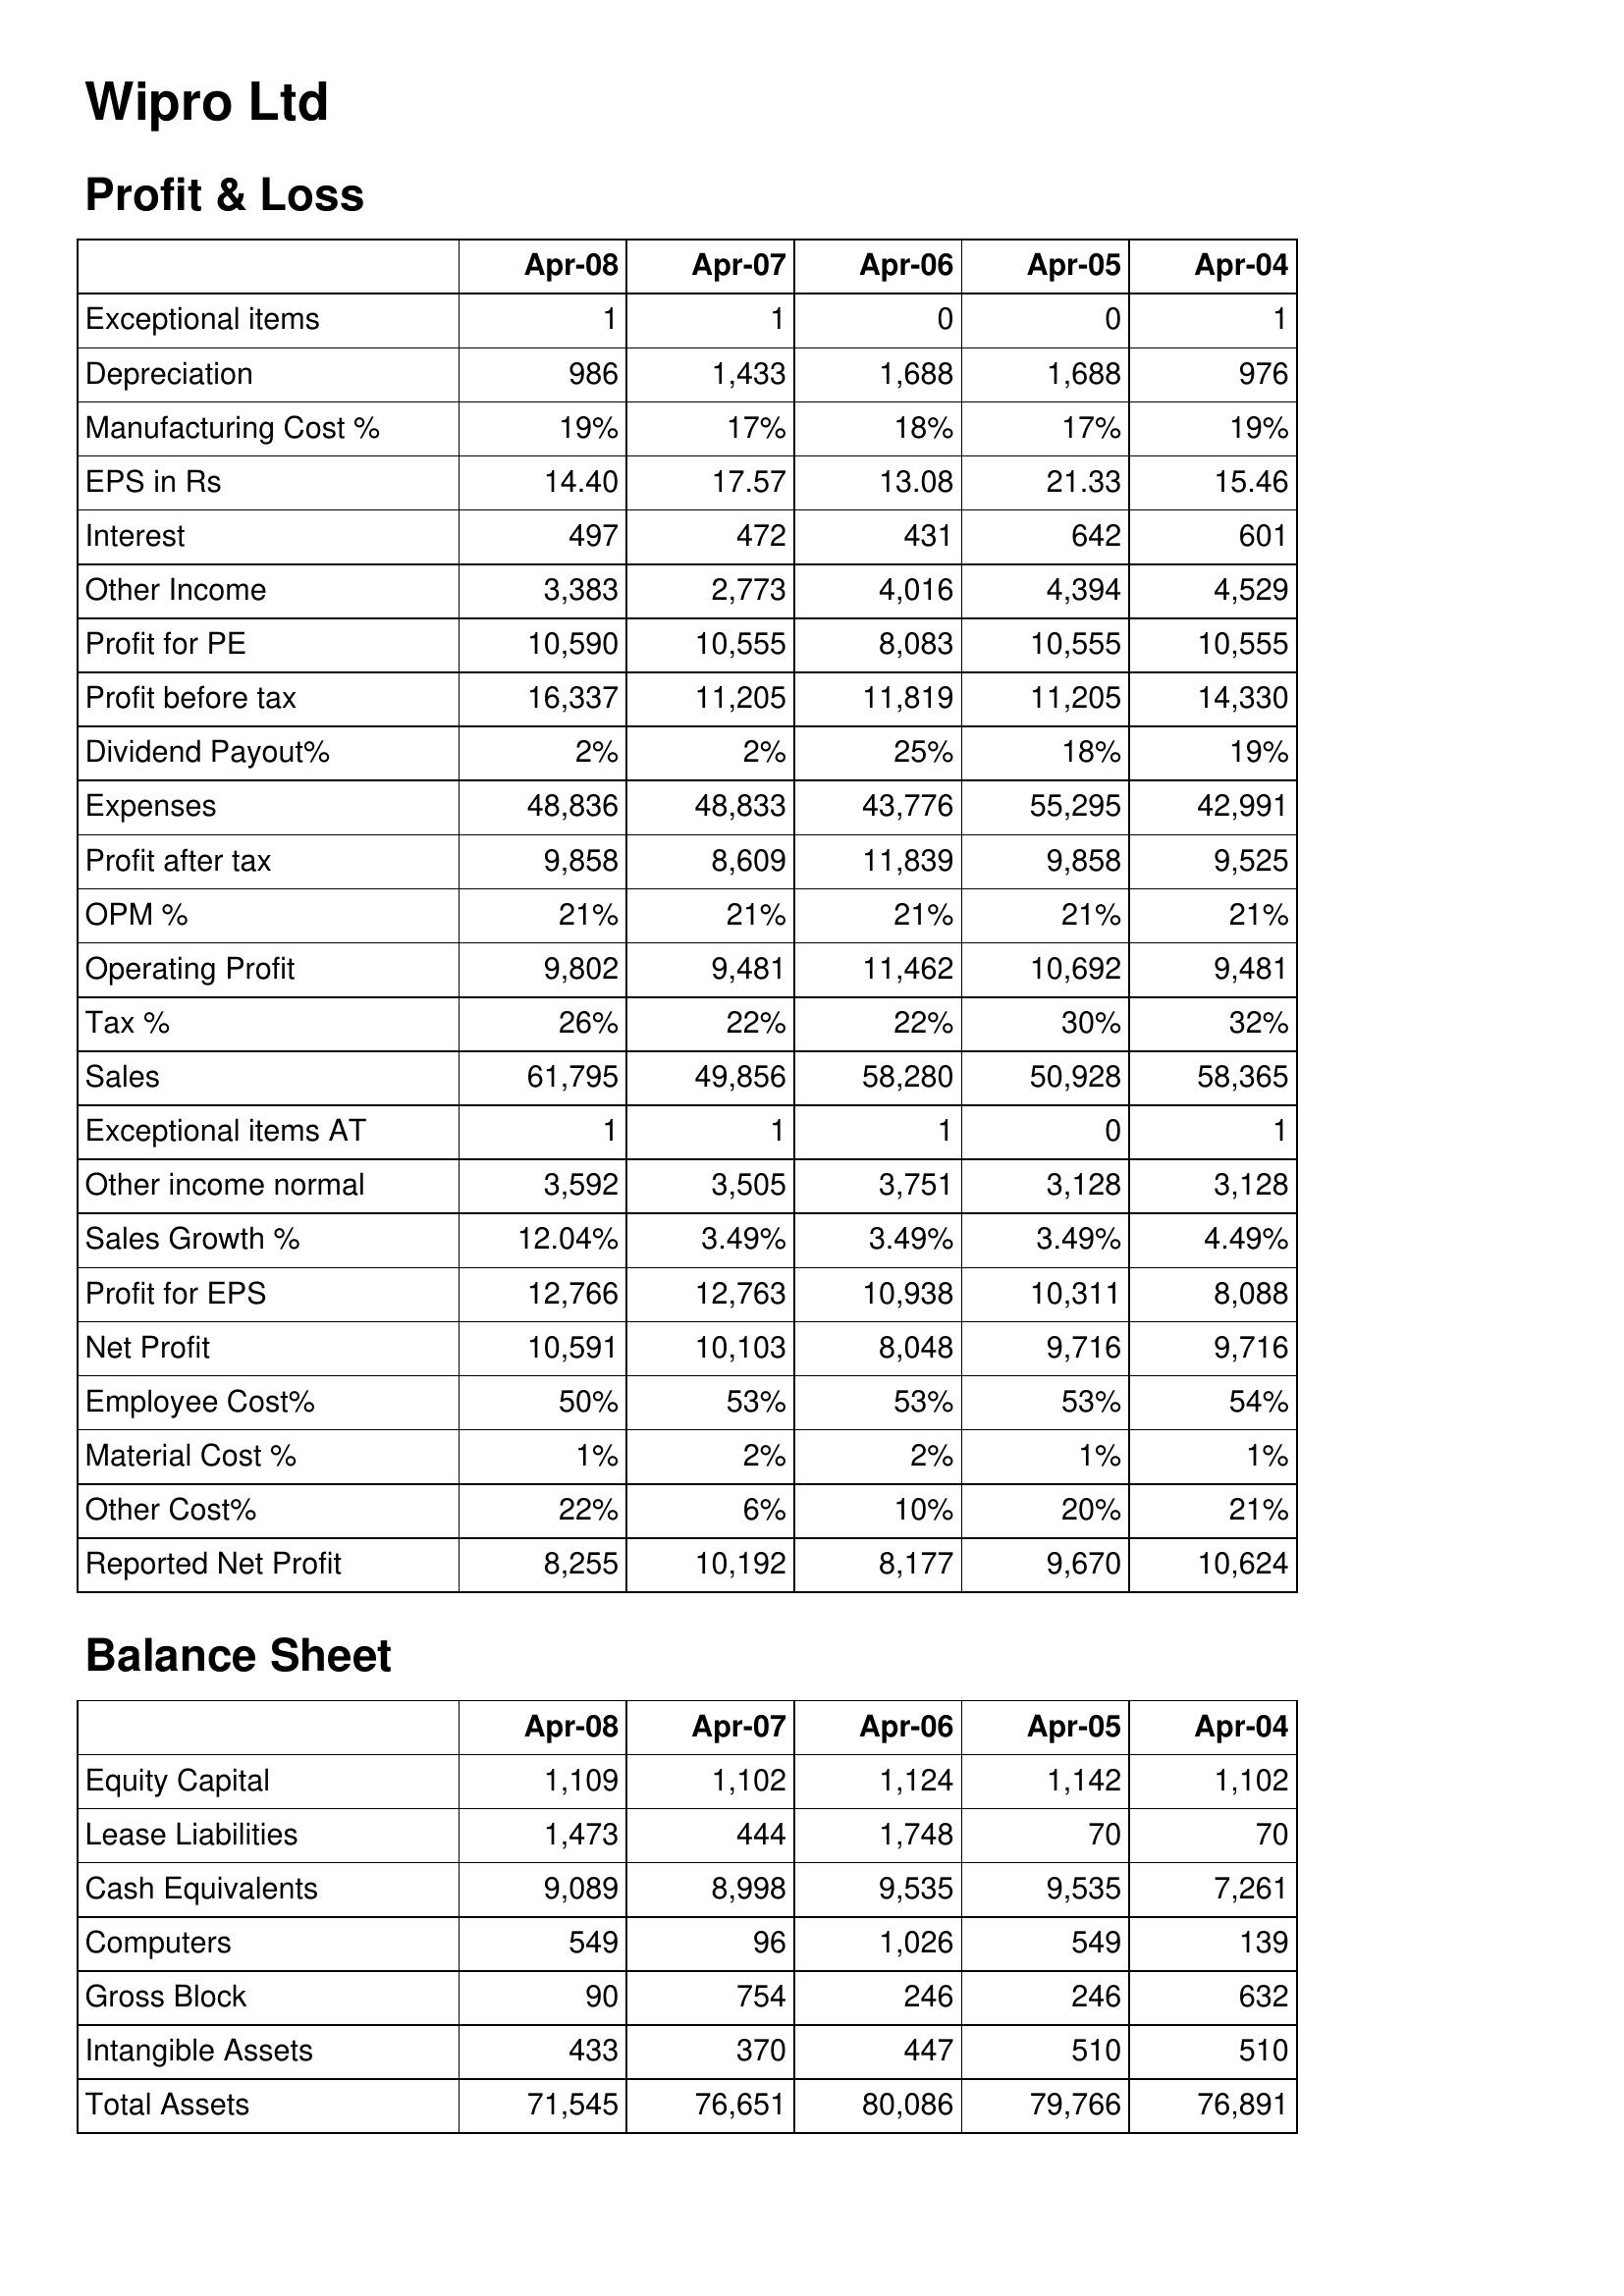
Apr-08: Profit & Loss: Exceptional items: 1
Depreciation: 986
Manufacturing Cost %: 19%
EPS in Rs: 14.40
Interest: 497
Other Income: 3,383
Profit for PE: 10,590
Profit before tax: 16,337
Dividend Payout%: 2%
Expenses: 48,836
Profit after tax: 9,858
OPM %: 21%
Operating Profit: 9,802
Tax %: 26%
Sales: 61,795
Exceptional items AT: 1
Other income normal: 3,592
Sales Growth %: 12.04%
Profit for EPS: 12,766
Net Profit: 10,591
Employee Cost%: 50%
Material Cost %: 1%
Other Cost%: 22%
Reported Net Profit: 8,255
Balance Sheet: Equity Capital: 1,109
Lease Liabilities: 1,473
Cash Equivalents: 9,089
Computers: 549
Gross Block: 90
Intangible Assets: 433
Total Assets: 71,545
Apr-07: Profit & Loss: Exceptional items: 1
Depreciation: 1,433
Manufacturing Cost %: 17%
EPS in Rs: 17.57
Interest: 472
Other Income: 2,773
Profit for PE: 10,555
Profit before tax: 11,205
Dividend Payout%: 2%
Expenses: 48,833
Profit after tax: 8,609
OPM %: 21%
Operating Profit: 9,481
Tax %: 22%
Sales: 49,856
Exceptional items AT: 1
Other income normal: 3,505
Sales Growth %: 3.49%
Profit for EPS: 12,763
Net Profit: 10,103
Employee Cost%: 53%
Material Cost %: 2%
Other Cost%: 6%
Reported Net Profit: 10,192
Balance Sheet: Equity Capital: 1,102
Lease Liabilities: 444
Cash Equivalents: 8,998
Computers: 96
Gross Block: 754
Intangible Assets: 370
Total Assets: 76,651
Apr-06: Profit & Loss: Exceptional items: 0
Depreciation: 1,688
Manufacturing Cost %: 18%
EPS in Rs: 13.08
Interest: 431
Other Income: 4,016
Profit for PE: 8,083
Profit before tax: 11,819
Dividend Payout%: 25%
Expenses: 43,776
Profit after tax: 11,839
OPM %: 21%
Operating Profit: 11,462
Tax %: 22%
Sales: 58,280
Exceptional items AT: 1
Other income normal: 3,751
Sales Growth %: 3.49%
Profit for EPS: 10,938
Net Profit: 8,048
Employee Cost%: 53%
Material Cost %: 2%
Other Cost%: 10%
Reported Net Profit: 8,177
Balance Sheet: Equity Capital: 1,124
Lease Liabilities: 1,748
Cash Equivalents: 9,535
Computers: 1,026
Gross Block: 246
Intangible Assets: 447
Total Assets: 80,086
Apr-05: Profit & Loss: Exceptional items: 0
Depreciation: 1,688
Manufacturing Cost %: 17%
EPS in Rs: 21.33
Interest: 642
Other Income: 4,394
Profit for PE: 10,555
Profit before tax: 11,205
Dividend Payout%: 18%
Expenses: 55,295
Profit after tax: 9,858
OPM %: 21%
Operating Profit: 10,692
Tax %: 30%
Sales: 50,928
Exceptional items AT: 0
Other income normal: 3,128
Sales Growth %: 3.49%
Profit for EPS: 10,311
Net Profit: 9,716
Employee Cost%: 53%
Material Cost %: 1%
Other Cost%: 20%
Reported Net Profit: 9,670
Balance Sheet: Equity Capital: 1,142
Lease Liabilities: 70
Cash Equivalents: 9,535
Computers: 549
Gross Block: 246
Intangible Assets: 510
Total Assets: 79,766
Apr-04: Profit & Loss: Exceptional items: 1
Depreciation: 976
Manufacturing Cost %: 19%
EPS in Rs: 15.46
Interest: 601
Other Income: 4,529
Profit for PE: 10,555
Profit before tax: 14,330
Dividend Payout%: 19%
Expenses: 42,991
Profit after tax: 9,525
OPM %: 21%
Operating Profit: 9,481
Tax %: 32%
Sales: 58,365
Exceptional items AT: 1
Other income normal: 3,128
Sales Growth %: 4.49%
Profit for EPS: 8,088
Net Profit: 9,716
Employee Cost%: 54%
Material Cost %: 1%
Other Cost%: 21%
Reported Net Profit: 10,624
Balance Sheet: Equity Capital: 1,102
Lease Liabilities: 70
Cash Equivalents: 7,261
Computers: 139
Gross Block: 632
Intangible Assets: 510
Total Assets: 76,891